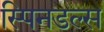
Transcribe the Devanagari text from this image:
स्पिनडल्स